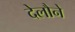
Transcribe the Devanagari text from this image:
देलौने